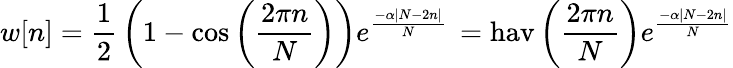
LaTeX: w[n]={\frac{1}{2}}\left(1-\cos\left({\frac{2\pi n}{N}}\right)\right)e^{\frac{-\alpha\left|N-2n\right|}{N}}\, =\operatorname{hav}\left({\frac{2\pi n}{N}}\right)e^{\frac{-\alpha\left|N-2n\right|}{N}}